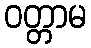
ဝတ္တာမ